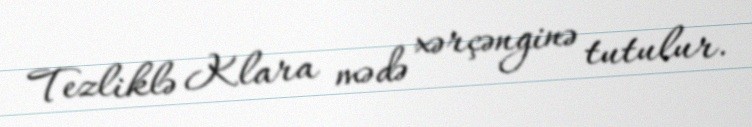
Tezliklə Klara mədə xərçənginə tutulur.